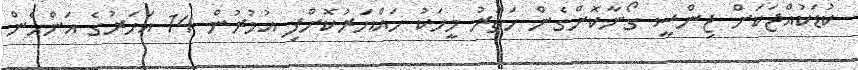
ކުޑަކުއްޖަކަށް ޖިންސީ ގޯނާކޮށްގެން ހަތަރު މީހަކު ހައްޔަރުކޮށްފި އުމުރުން 14 އަހަރުގެ އަންހެން